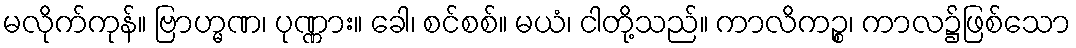
မလိုက်ကုန်။ ဗြာဟ္မဏ၊ ပုဏ္ဏား။ ခေါ၊ စင်စစ်။ မယံ၊ ငါတို့သည်။ ကာလိကဉ္စ၊ ကာလ၌ဖြစ်သော